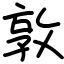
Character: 敦